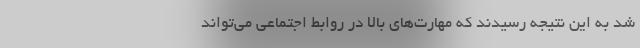
شد به این نتیجه رسیدند که مهارت‌های بالا در روابط اجتماعی می‌تواند